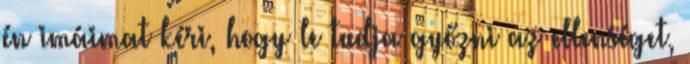
én imáimat kéri, hogy le tudja győzni az ellenséget,